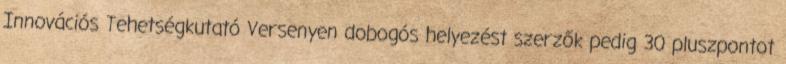
Innovációs Tehetségkutató Versenyen dobogós helyezést szerzők pedig 30 pluszpontot